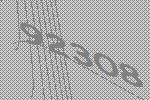
92308